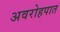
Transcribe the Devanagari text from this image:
अवरोहपात